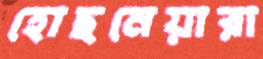
হোছনেয়ারা